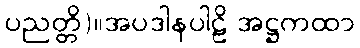
ပညတ္တိ)။အပဒါနပါဠိ အဋ္ဌကထာ